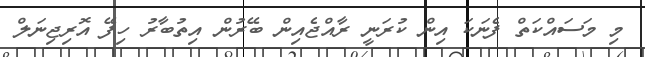
މި މަސައްކަތް ފެނަކަ އިން ކުރަނީ ރާއްޖެއިން ބޭރުން އިތުބާރު ހިފޭ އޮރިޖިނަލް